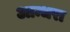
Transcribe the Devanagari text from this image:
आन्धरा